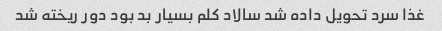
غذا سرد تحویل داده شد سالاد کلم بسیار بد بود دور ریخته شد